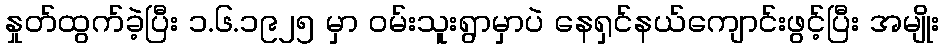
နှုတ်ထွက်ခဲ့ပြီး ၁.၆.၁၉၂၅ မှာ ဝမ်းသူးရွာမှာပဲ နေရှင်နယ်ကျောင်းဖွင့်ပြီး အမျိုး